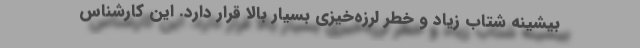
بیشینه شتاب زیاد و خطر لرزه‌خیزی بسیار بالا قرار دارد. این کارشناس